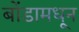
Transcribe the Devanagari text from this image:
बोंडामधून